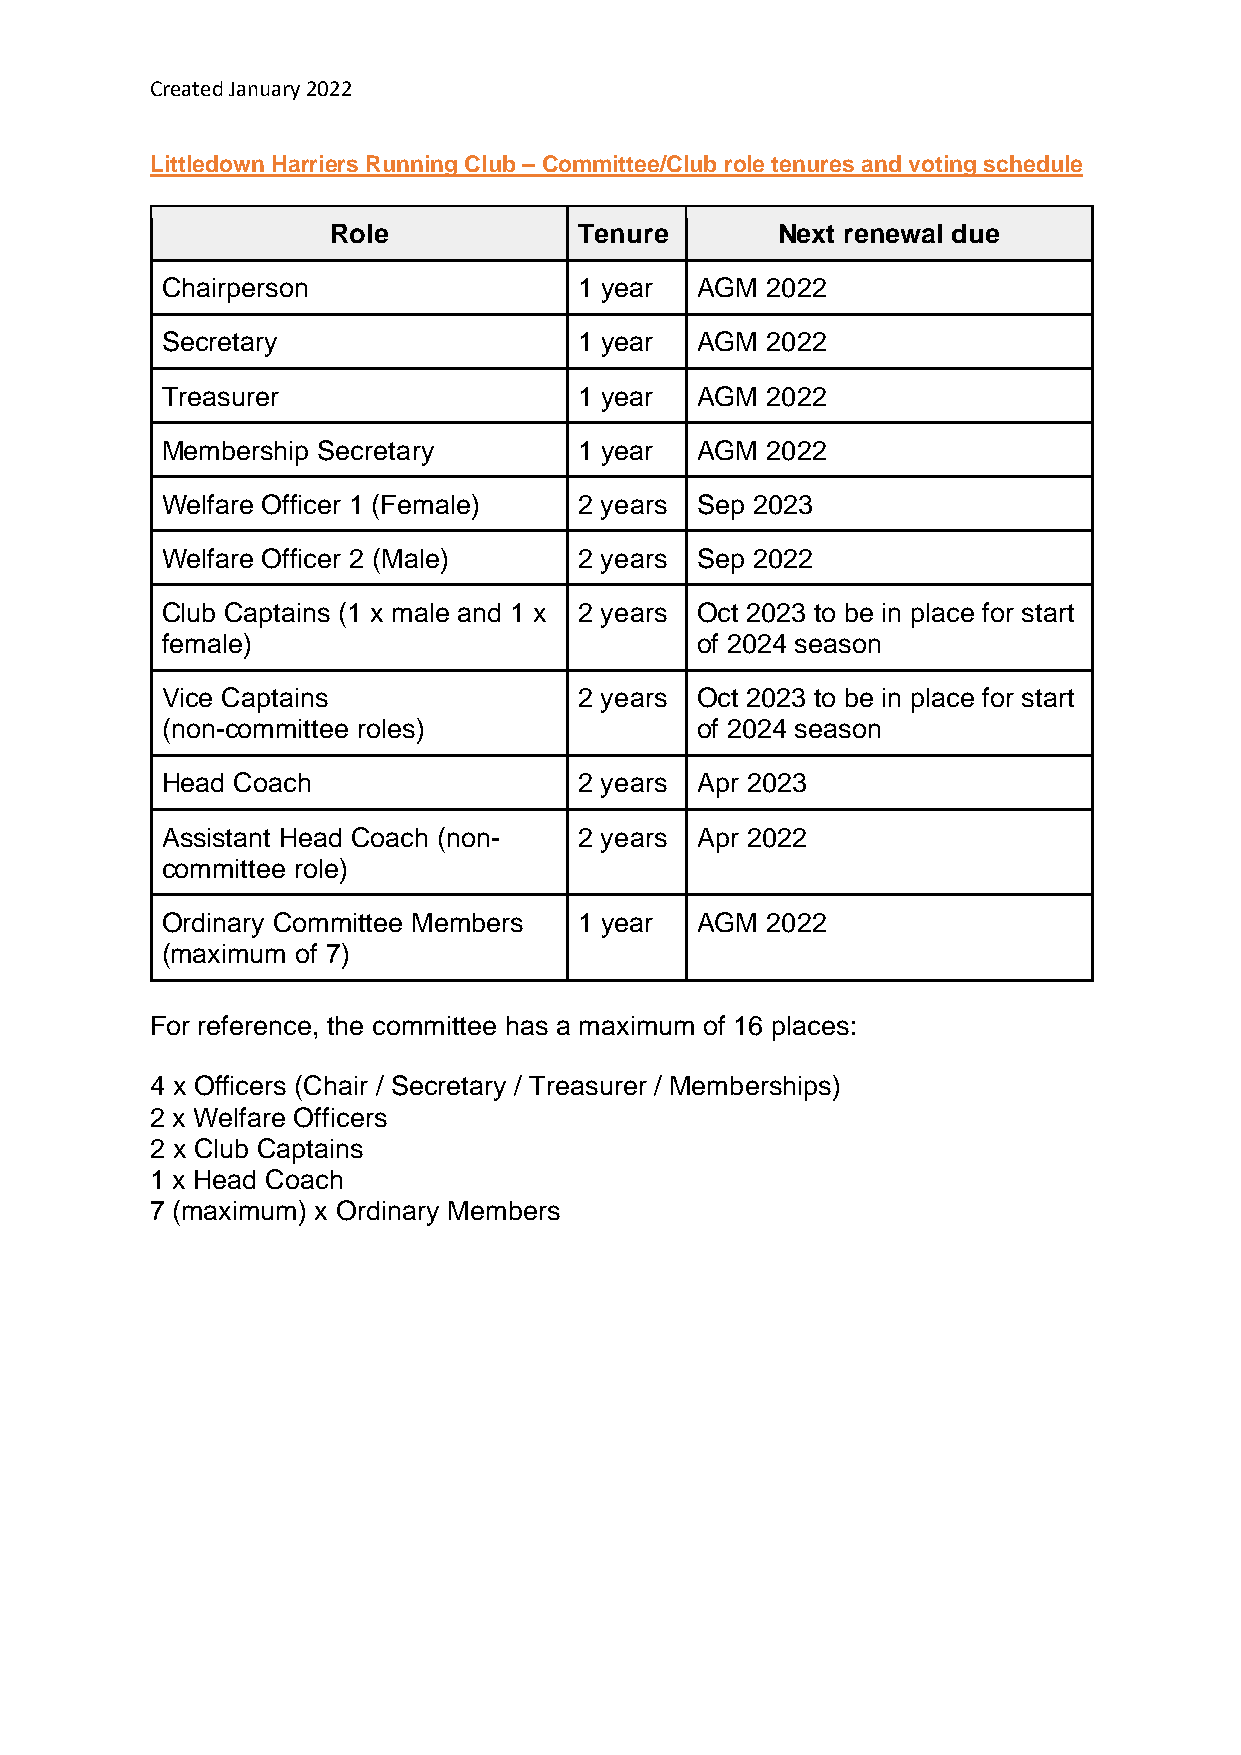
Created January 2022
 Littledown Harriers Running Club – Committee/Club role tenures and voting schedule
 Role            Tenure       Next renewal due
 Chairperson                1 year  AGM  2022
 Secretary                  1 year  AGM  2022
 Treasurer                  1 year  AGM  2022
 Membership Secretary       1 year  AGM  2022
 Welfare Officer 1 (Female) 2 years Sep 2023
 Welfare Officer 2 (Male)   2 years Sep 2022
 Club Captains (1 x male and 1 x 2 years Oct 2023 to be in place for start
 female)                            of 2024 season
 Vice Captains              2 years Oct 2023 to be in place for start
 (non-committee roles)              of 2024 season
 Head Coach                 2 years Apr 2023
 Assistant Head Coach (non- 2 years Apr 2022
 committee role)
 Ordinary Committee Members 1 year  AGM  2022
 (maximum of 7)
 For reference, the committee has a maximum of 16 places:
 4 x Officers (Chair / Secretary / Treasurer / Memberships)
 2 x Welfare Officers
 2 x Club Captains
 1 x Head Coach
 7 (maximum) x Ordinary Members